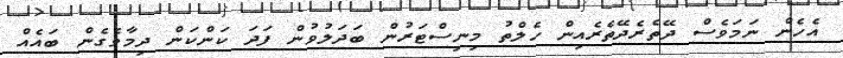
އެހެން ނަމަވެސް ދޭތެރެދޭތެރެއިން ހެލްތު މިނިސްޓަރުން ބަދަލުވުން ފަދަ ކަންކަން ދިމާވެގެން ބައެއް